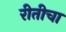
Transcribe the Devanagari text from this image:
रीतीचा